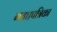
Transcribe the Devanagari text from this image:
गया।पत्रिका